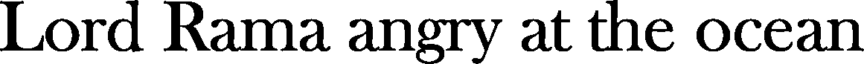
Lord Rama angry at the ocean